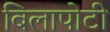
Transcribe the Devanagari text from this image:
बिलापोटी